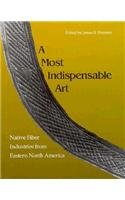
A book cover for Most Indispensable Art: Native Fiber Industries Eastern North America; James Petersen; Crafts, Hobbies & Home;